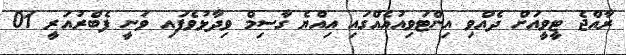
ރާއްޖެ ޓީވީއަށް ދެއްވި އިންޓަވިއުއެއްގައި އިއްޔެ ގާސިމް ވިދާޅުވެފައި ވަނީ ފެބްރުއަރީ 01